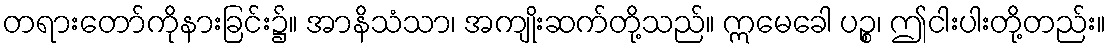
တရားတော်ကိုနားခြင်း၌။ အာနိသံသာ၊ အကျိုးဆက်တို့သည်။ ဣမေခေါ ပဉ္စ၊ ဤငါးပါးတို့တည်း။